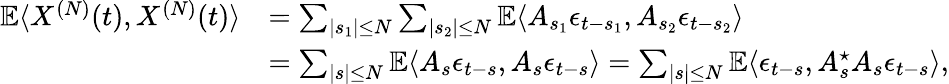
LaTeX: \begin{array}{rl}{\mathbb{E}\langle X^{(N)}(t),X^{(N)}(t)\rangle}&{=\sum_{|s_{1}|\le N}\sum_{|s_{2}|\le N}\mathbb{E}\langle A_{s_{1}}\epsilon_{t-s_{1}},A_{s_{2}}\epsilon_{t-s_{2}}\rangle}\\ &{=\sum_{|s|\le N}\mathbb{E}\langle A_{s}\epsilon_{t-s},A_{s}\epsilon_{t-s}\rangle=\sum_{|s|\le N}\mathbb{E}\langle\epsilon_{t-s},A_{s}^{\star}A_{s}\epsilon_{t-s}\rangle,}\end{array}